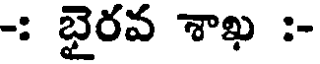
-: భైరవ శాఖ :-